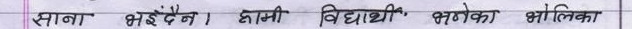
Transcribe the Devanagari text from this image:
साना भईदैन । हामी विद्यार्थी, भनेका आलिबका